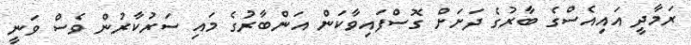
ރަމާދީ އައިއެސްގެ ބާރުގެ ދަށަށް ގޮސްފައިވާކަން އަންބާރުގެ މައި ސަރުކާރުން ވެސް ވަނީ